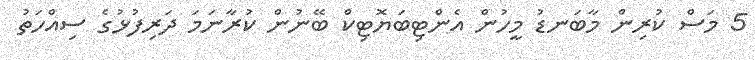
5 މަސް ކުރިން މާބަނޑު މީހުން އެންޓިބަޔޮޓިކް ބޭނުން ކުރާނަމަ ދަރިފުޅުގެ ސިއްހަތު